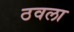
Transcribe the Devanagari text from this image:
ठवला